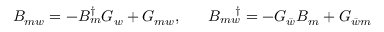
B _ { m w } = - B _ { m } ^ { \dagger } G _ { w } + G _ { m w } , \; \; \; \; \; \; B _ { m w } ^ { \; \; \; \; \; \dagger } = - G _ { \bar { w } } B _ { m } + G _ { \bar { w } m }